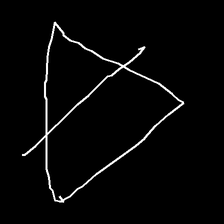
Glyph: empower